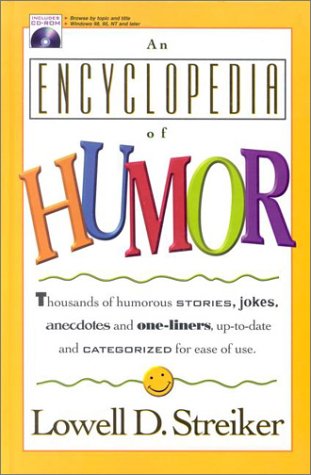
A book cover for An Encyclopedia of Humor [With Windows 98, 95, NT and Later]; Lowell D. Streiker; Reference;